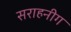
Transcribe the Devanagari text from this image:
सराहनीग